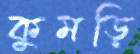
কুমড়ি